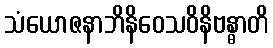
သံယောဇနာဘိနိဝေသဝိနိဗန္ဓာတိ